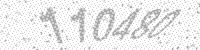
Solution: 110480